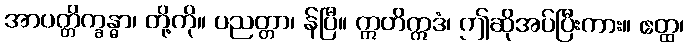
အာပတ္တိက္ခန္ဓာ၊ တို့ကို။ ပညတ္တာ၊ န်ပြီ။ ဣတိဣဒံ၊ ဤဆိုအပ်ပြီးကား။ ဧတ္ထ၊